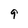
Character: 9